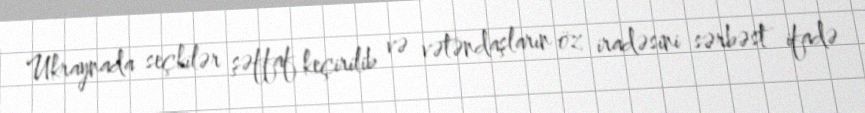
Ukraynada seçkilər şəffaf keçirilib və vətəndaşların öz iradəsini sərbəst ifadə